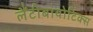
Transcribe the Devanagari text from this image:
लैंटीबायोटिक्स